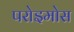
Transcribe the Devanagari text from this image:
परोइमोस